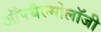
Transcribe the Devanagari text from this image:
ऑपथैल्मोलॉजी